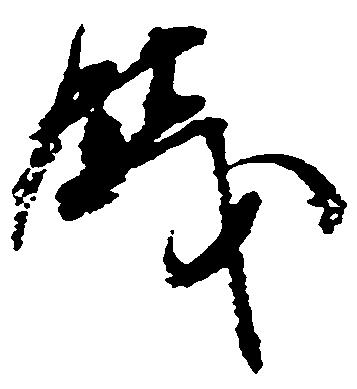
銭